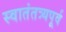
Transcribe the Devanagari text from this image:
स्वातंतत्र्यपूर्व